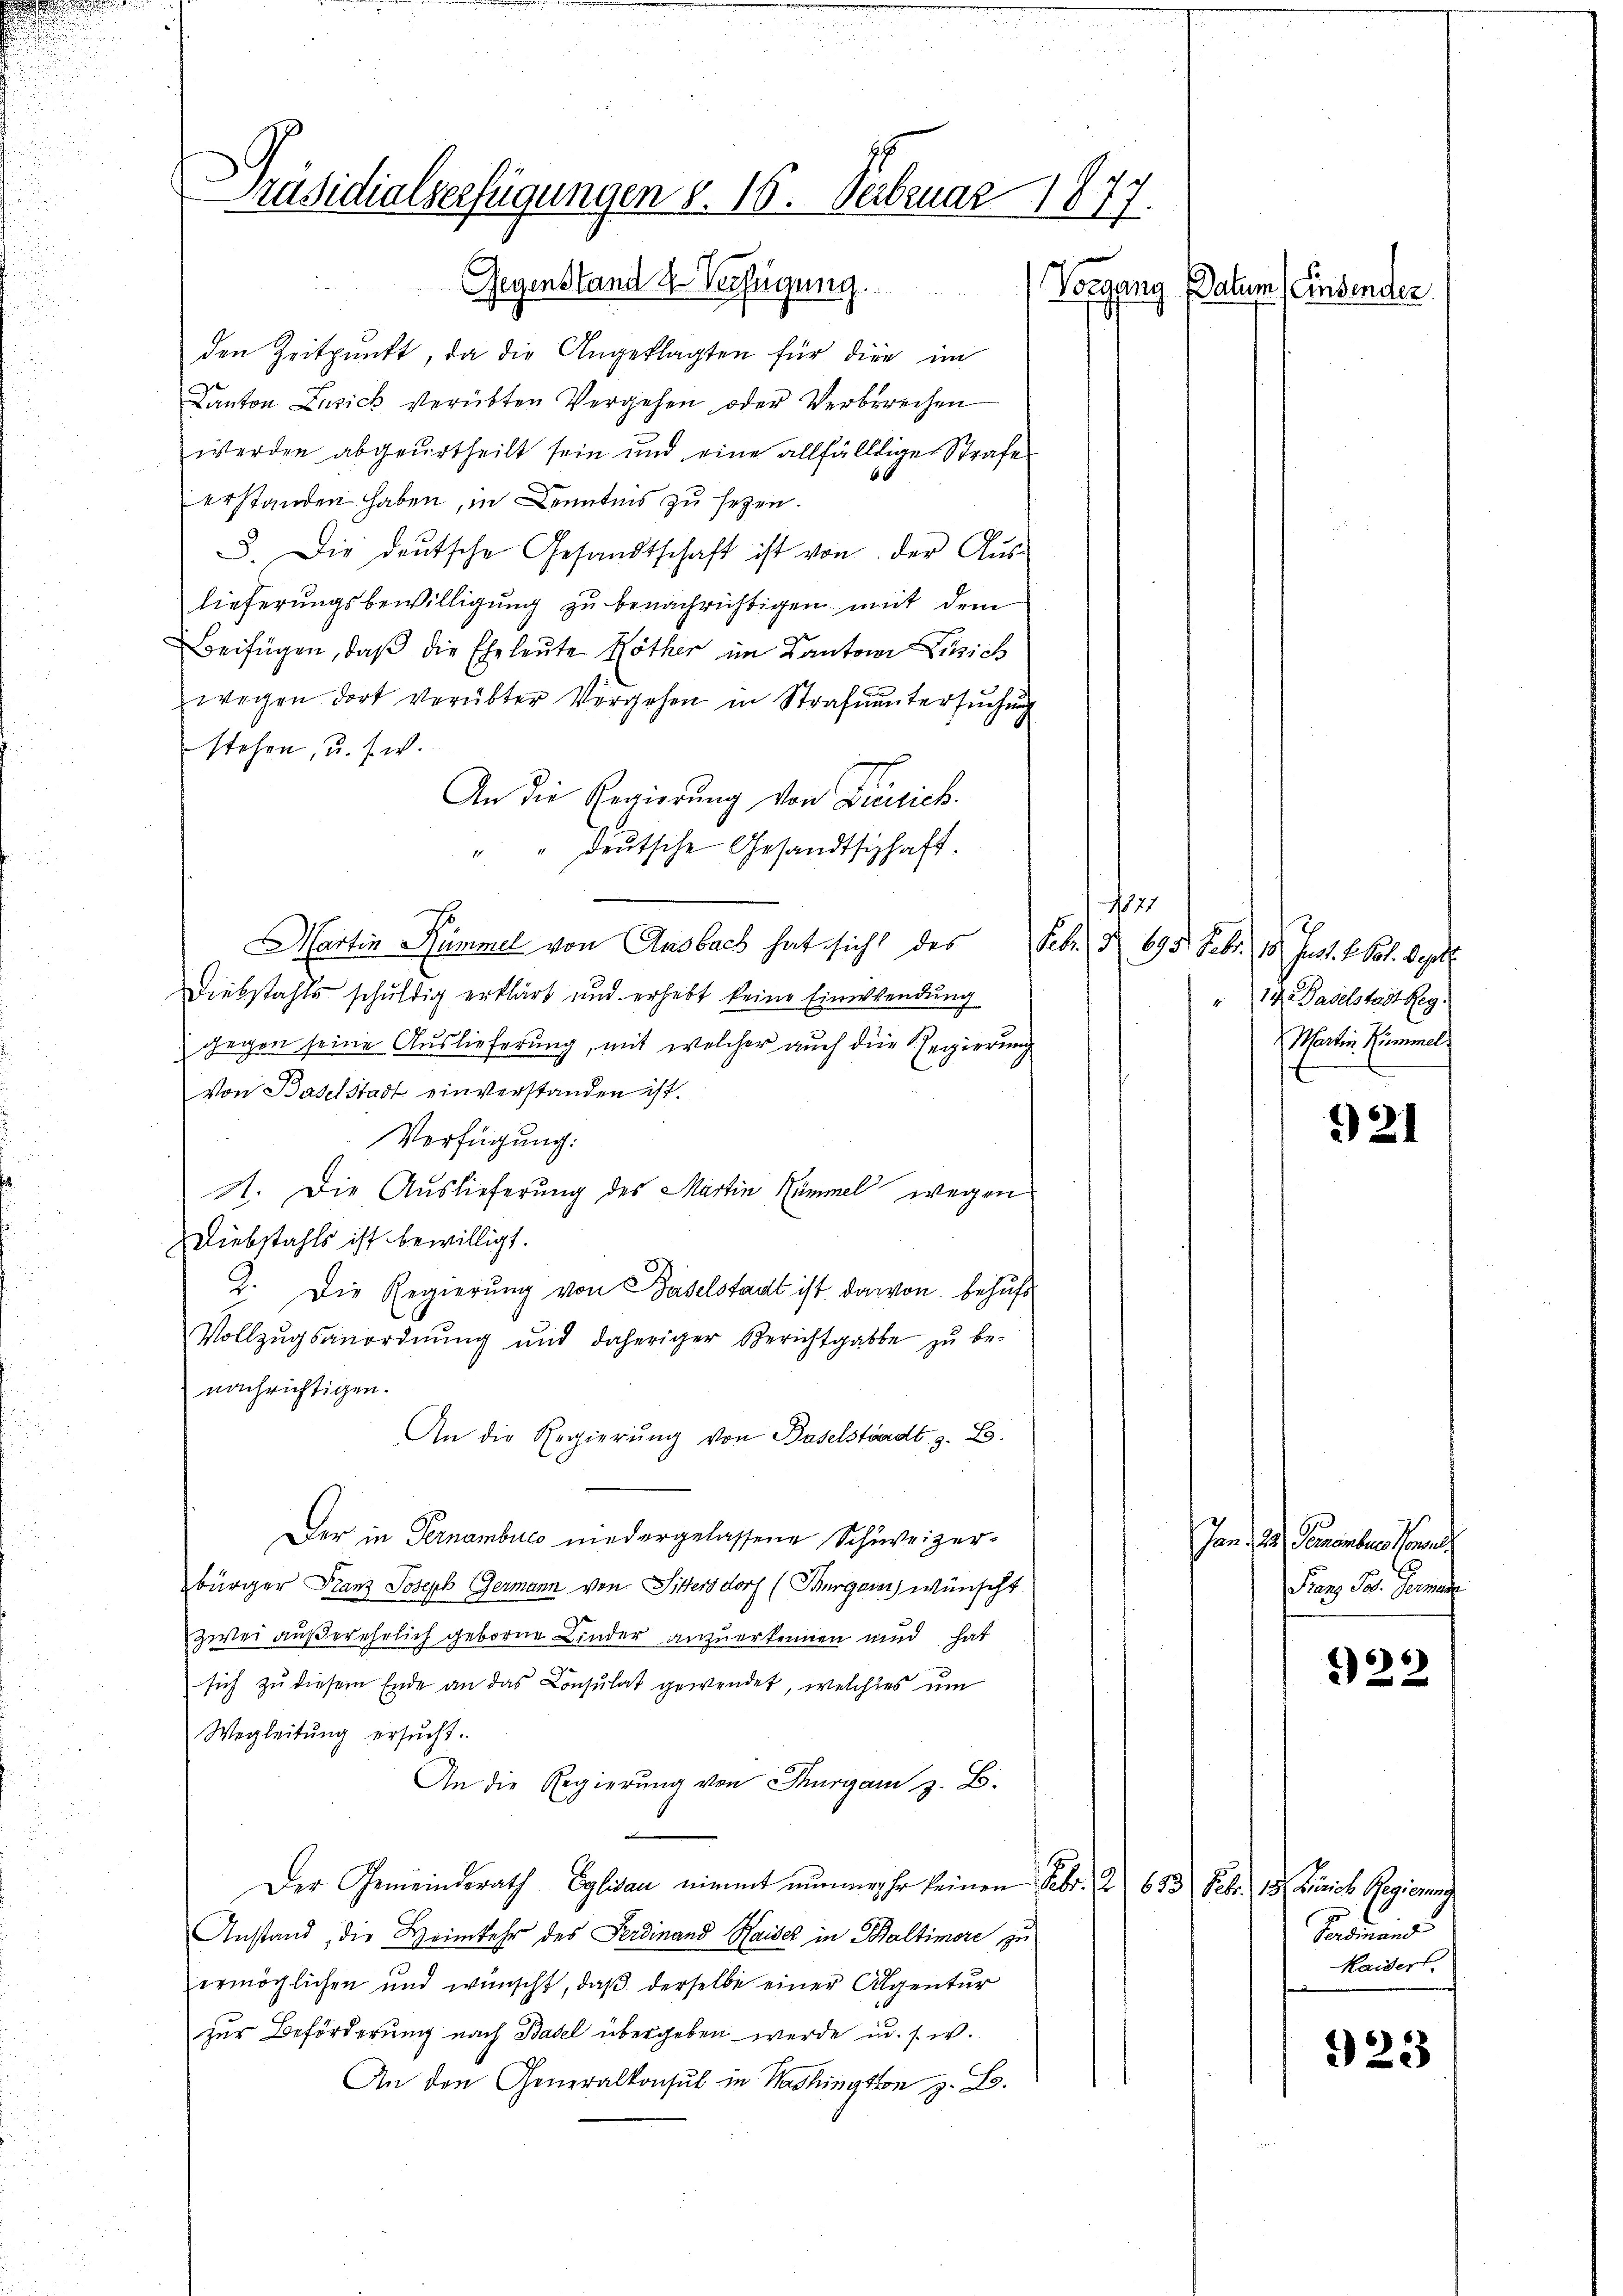
u

Präsidialverfügungen v. 16. Februar 1877.

den Zeitpunkt, da die Angeklagten für dies im
Canton Zusick verübten Vergehen oder Verberechen
werden abgeurtheilt sein und eine allfälliger Strafe
66
erstanden haben, in Kenntnis zu sezen.
B. Die deŭtsche Gesandtschaft ist von der Aus-
lieferungsbewilligung zu benachrichtigen mit dem
Beifügen, daß die Eheleute Röther im Kantone Linich
wegen dort verübter Vergehen in Strafuntersuchung
stehen, u. s. w.
An die Regierung von Zusich.
" " deŭtsche Gesandtschaft.
Martin Rümmel von Ansbach hat sicht des
Diebstahls schuldig erklärt und erhebt keine Einwendung
gegen seine Auslieferung, mit welcher auch die Regierung
von Baselstadt einverstanden ist.
Verfügung:
N. Die Auslieferung des Martin Himmel wegen
Diebstahls ist bewilligt.
2. Die Regierung von Baselstadt ist darvon behufs
Vollzŭgsanordnŭng und daheriger Berichtgabe zŭ be-
nachrichtigen.
An die Regierŭng von Baselstadt z. B.
Der in Fernembucs niedergelassene Schweizerbürger Franz Joseph Germann von Sittersdorf (Thurgau wünscht
zwei außerehrlich geborne Binder anzuerkennen und hat
sich zu diesem Ende an das Consulat gewendet, welches um
Wegleitŭng ersŭcht.
An die Regierung von Thurgau z. B.
Der Gemeinderath Eglisau nimmt nunmehr keinen Febr. 1. 633 Febr. 18. Zürich Regierung
Anstand, die Heimkehr des Ferdinand Haiser in Baltimore zu
ermöglichen und wünscht, daß derselbe einer Alpentur
zur Beförderung nach Basel übergeben werde u. s. w.
An den Generalkonsul in Washington z. B.

Vergang
Datum (Einsender.

12
Feb. S. 695. Febr. 18. Just 1. Frl. Sept.
"1 d. Baselstadt Reg.
Martin. Zimmel

921

Ion der Gemeinter Han
Franz Jos. Germann

22

Verdinand
Haidert.

23